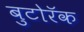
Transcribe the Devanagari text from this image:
बुटोरॅक